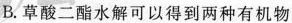
B.草酸二酯水解可以得到两种有机物